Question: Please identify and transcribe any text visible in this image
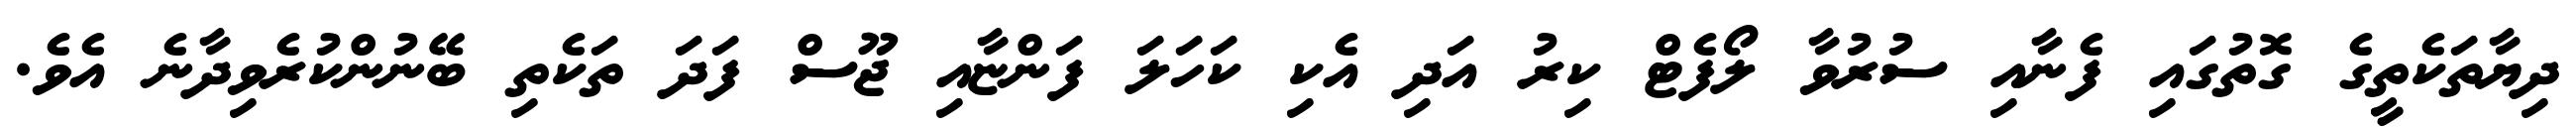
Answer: ދިޔާތަކެތީގެ ގޮތުގައި ފެނާއި ސުރުވާ ލޯފެޓް ކިރު އަދި އެކި ކަހަލަ ފަންޏާއި ޖޫސް ފަދަ ތަކެތި ބޭނުންކުރެވިދާނެ އެވެ.